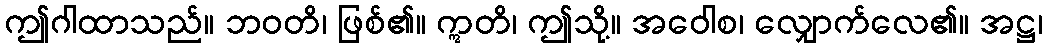
ဤဂါထာသည်။ ဘဝတိ၊ ဖြစ်၏။ ဣတိ၊ ဤသို့။ အဝေါစ၊ လျှောက်လေ၏။ အဋ္ဌ၊